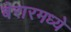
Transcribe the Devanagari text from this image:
बेरारमध्ये